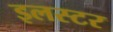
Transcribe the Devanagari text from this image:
इलस्टर